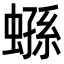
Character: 𧎤